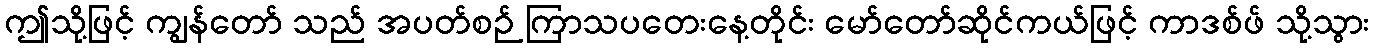
ဤသို့ဖြင့် ကျွန်တော် သည် အပတ်စဉ် ကြာသပတေးနေ့တိုင်း မော်တော်ဆိုင်ကယ်ဖြင့် ကာဒစ်ဖ် သို့သွား